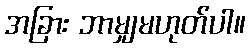
အခြား ဘာမျှမဟုတ်ပါ။